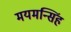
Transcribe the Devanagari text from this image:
मयमन्सिंह